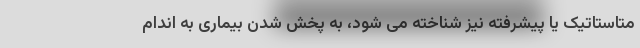
متاستاتیک یا پیشرفته نیز شناخته می شود، به پخش شدن بیماری به اندام